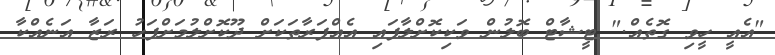
"އެއީ ހީވި ގޮތެއް." ޓީޝާޓް ބޮލުން ވަކިކޮށްލާފައި އެއްފަރާތަކަށް ދޫކޮށްލުމަށްފަހު ރަޒާ އަނެއްކާ